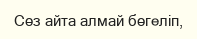
Сөз айта алмай бөгеліп,